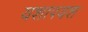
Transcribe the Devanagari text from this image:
यशापयश